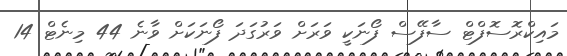
މައިކްރޮސޮފްޓް ސާފޭސް ފޯނަކީ ވަރަށް ވަރުގަދަ ފޯނަކަށް ވާނެ 44 މިނެޓް 14